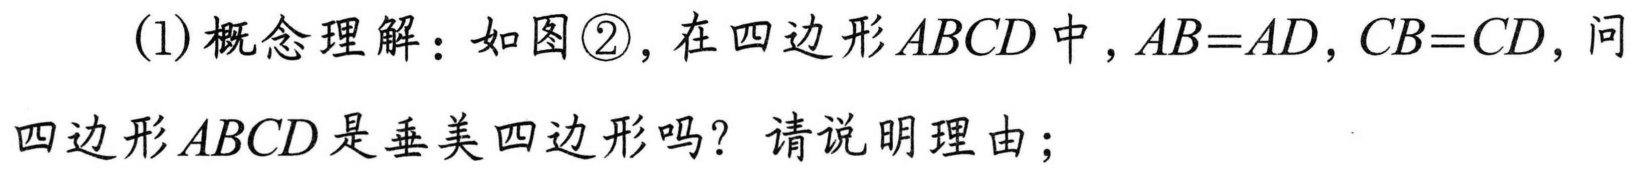
(1)概念理解：如图\textcircled{2}，在四边形\(ABCD\)中，\(AB = AD\)，\(CB = CD\)，问四边形\(ABCD\)是垂美四边形吗？请说明理由；